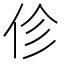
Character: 𫢗